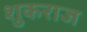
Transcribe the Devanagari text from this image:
शुकराज